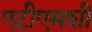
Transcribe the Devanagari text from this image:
एटीएमशी